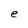
Character: e